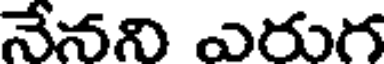
నేనని ఎరుగ